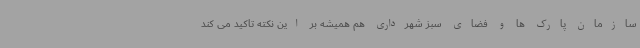
سازمان پارک ها و فضای سبز شهرداری هم همیشه بر این نکته تاکید می کند